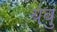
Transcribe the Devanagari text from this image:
यंबु